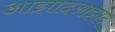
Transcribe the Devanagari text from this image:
आझादआझाद